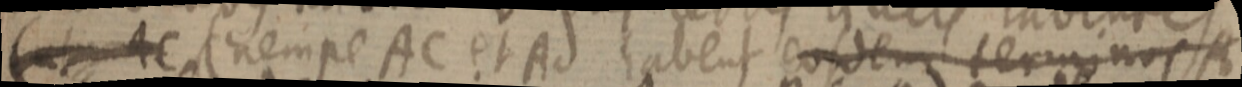
(ut AC (nempe AC et Ad habent eosdem terminos A